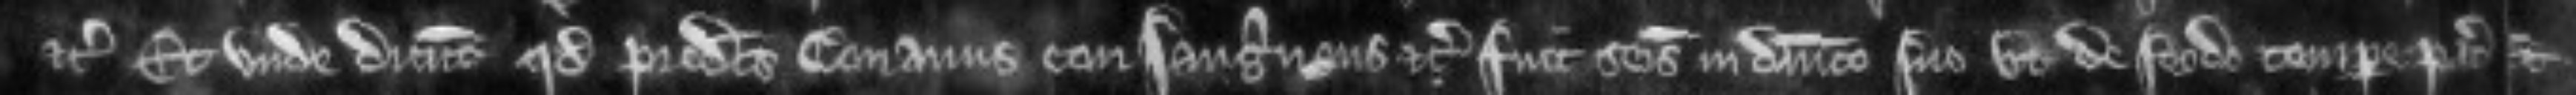
etc Et unde dicunt quod predictus Conanus consanguineus etc. fuit seisitus in dominico suo ut de feodo tempore pacis